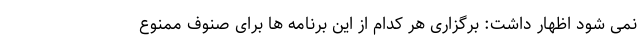
نمی شود اظهار داشت: برگزاری هر کدام از این برنامه ها برای صنوف ممنوع